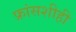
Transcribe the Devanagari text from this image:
फ्रांसशीही